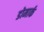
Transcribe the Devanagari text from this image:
डोमार्क